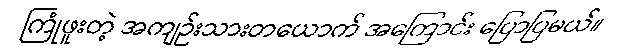
ကြုံဖူးတဲ့ အကျဉ်းသားတယောက် အကြောင်း ပြောပြမယ်။